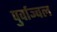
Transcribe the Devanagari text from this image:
पुर्वाञ्चल